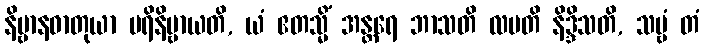
နိဗ္ဗာနဓာတုယာ ပရိနိဗ္ဗာယတိ, ယံ ဧတသ္မိံ အန္တရေ ဘာသတိ လပတိ နိဒ္ဒိသတိ, သဗ္ဗံ တံ